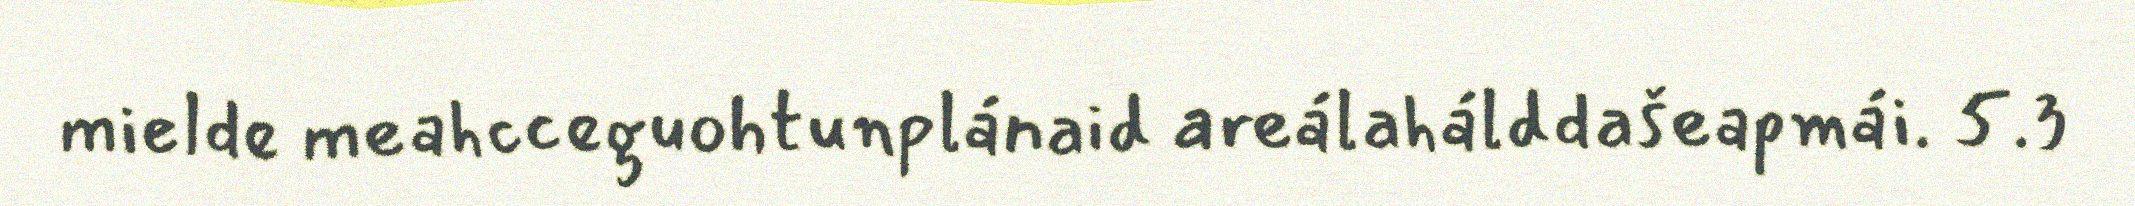
mielde meahcceguohtunplánaid areálahálddašeapmái. 5.3